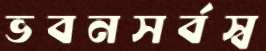
ভবনসর্বস্ব